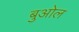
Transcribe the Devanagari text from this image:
बुओल